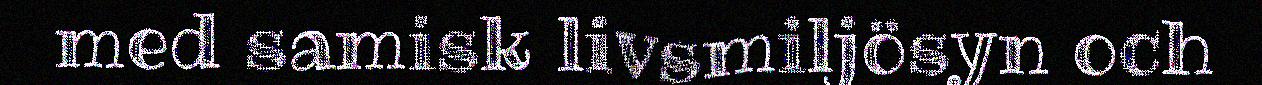
med samisk livsmiljösyn och